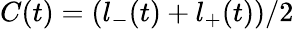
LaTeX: C(t)=(l_{-}(t)+l_{+}(t))/2